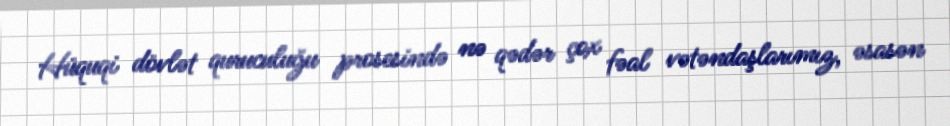
Hüquqi dövlət quruculuğu prosesində nə qədər çox fəal vətəndaşlarımız, əsasən